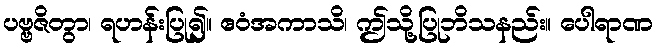
ပဗ္ဗဇိတွာ၊ ရဟန်းပြု၍။ ဧဝံအကာသိ၊ ဤသို့ပြုဘိသနည်း။ ပေါရာဏ